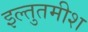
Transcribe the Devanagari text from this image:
इल्तुतमीश